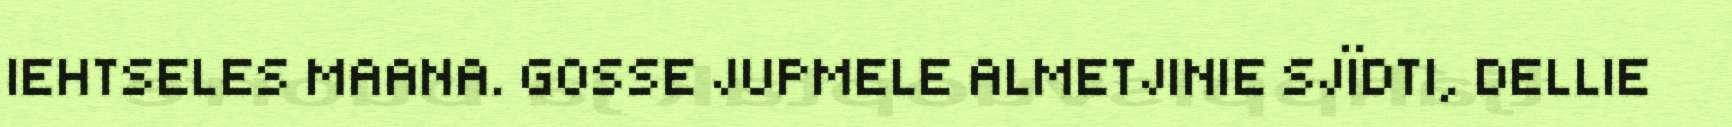
IEHTSELES MAANA. GOSSE JUPMELE ALMETJINIE SJÏDTI, DELLIE